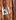
اذا